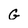
Character: G